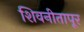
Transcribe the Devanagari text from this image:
शिवनीतापूर